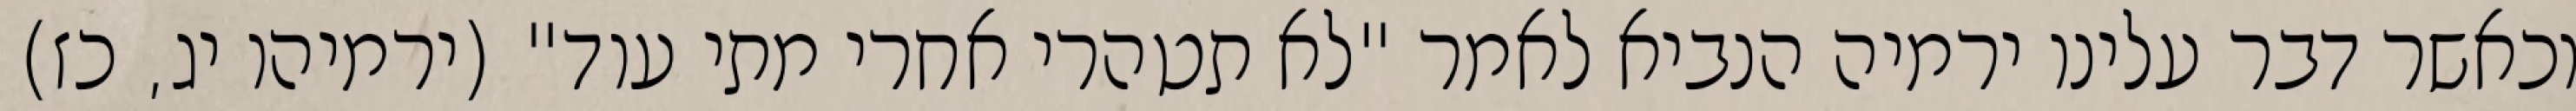
וכאשר דבר עלינו ירמיה הנביא לאמר "לא תטהרי אחרי מתי עוד" (ירמיהו יג, כז)